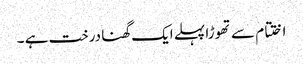
اختتام سے تھوڑا پہلے ایک گھنا درخت ہے ۔